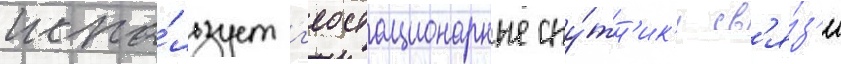
испо́льзует г'еостационарные спу́тн'ик'и св'я́з'и